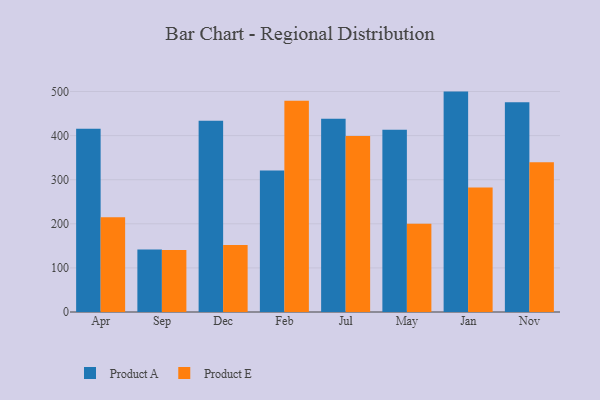
{"axis": {"x": "Month", "y": "Page Views"}, "legend": ["Product A", "Product E"], "data": [{"x": "Apr", "y": 415.4, "type": "Product A"}, {"x": "Apr", "y": 215.1, "type": "Product E"}, {"x": "Sep", "y": 141.9, "type": "Product A"}, {"x": "Sep", "y": 140.8, "type": "Product E"}, {"x": "Dec", "y": 433.6, "type": "Product A"}, {"x": "Dec", "y": 152.1, "type": "Product E"}, {"x": "Feb", "y": 320.9, "type": "Product A"}, {"x": "Feb", "y": 478.9, "type": "Product E"}, {"x": "Jul", "y": 438.1, "type": "Product A"}, {"x": "Jul", "y": 399.1, "type": "Product E"}, {"x": "May", "y": 413.1, "type": "Product A"}, {"x": "May", "y": 200.3, "type": "Product E"}, {"x": "Jan", "y": 499.8, "type": "Product A"}, {"x": "Jan", "y": 282.3, "type": "Product E"}, {"x": "Nov", "y": 475.7, "type": "Product A"}, {"x": "Nov", "y": 339.6, "type": "Product E"}]}